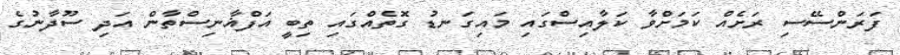
ފަރަންސޭސި ރަށެއް ކަމަށްވާ ކަލާއިސްގައި މައިގަނޑު ގޮތެއްގައި ތިބީ އަފްޣާނިސްތާން އަދި ސޫދާނުގެ